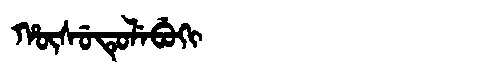
Manchu: ᡥᡡᠰᡠᡨᡠᠯᡝᠪᡠᡴᡳ
Romanization: HŪSUTULEBUKI